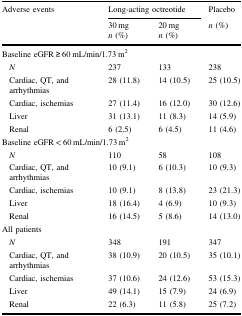
| Adverse events | <COLSPAN=2> Long-acting octreotide | Placebo |
 |  | 30 mg n (%) | 20 mg n (%) | n (%) |
 | --- | --- | --- | --- |
 | <COLSPAN=4> Baseline eGFR ≥ 60 mL/min/1.73 m2 |
 | N | 237 | 133 | 238 |
 | Cardiac, QT, andarrhythmias | 28 (11.8) | 14 (10.5) | 25 (10.5) |
 | Cardiac, ischemias | 27 (11.4) | 16 (12.0) | 30 (12.6) |
 | Liver | 31 (13.1) | 11 (8.3) | 14 (5.9) |
 | Renal | 6 (2.5) | 6 (4.5) | 11 (4.6) |
 | <COLSPAN=4> Baseline eGFR < 60 mL/min/1.73 m2 |
 | N | 110 | 58 | 108 |
 | Cardiac, QT, andarrhythmias | 10 (9.1) | 6 (10.3) | 10 (9.3) |
 | Cardiac, ischemias | 10 (9.1) | 8 (13.8) | 23 (21.3) |
 | Liver | 18 (16.4) | 4 (6.9) | 10 (9.3) |
 | Renal | 16 (14.5) | 5 (8.6) | 14 (13.0) |
 | <COLSPAN=4> All patients |
 | N | 348 | 191 | 347 |
 | Cardiac, QT, andarrhythmias | 38 (10.9) | 20 (10.5) | 35 (10.1) |
 | Cardiac, ischemias | 37 (10.6) | 24 (12.6) | 53 (15.3) |
 | Liver | 49 (14.1) | 15 (7.9) | 24 (6.9) |
 | Renal | 22 (6.3) | 11 (5.8) | 25 (7.2) |